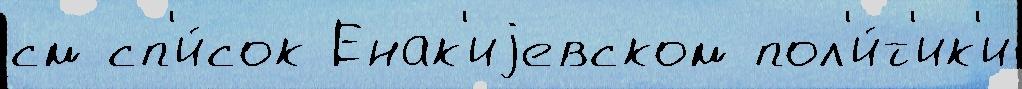
см сп'и́сок Енак'иjевском пол'и́т'ик'и